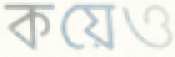
কয়েও